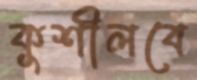
কুশীলবে